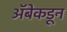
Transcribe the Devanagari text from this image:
अॅबेकडून